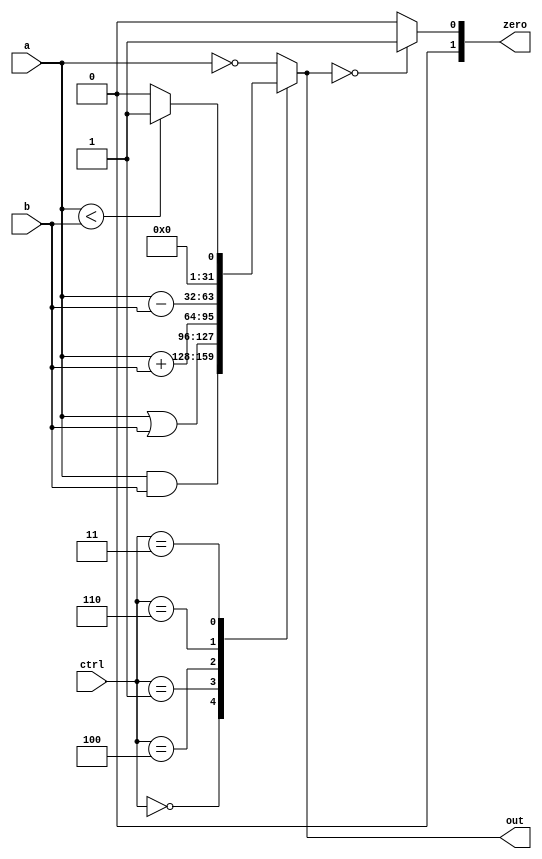
module ALU (a,b,ctrl,out,zero);
	input[width-1:0] a,b;
	input[3-1:0] ctrl;
	output reg[width-1:0] out;
	output reg[1:0]zero;
	parameter width=32;

	always @(a or b or ctrl) begin
		case(ctrl)
			3'b000: out=a&b;
			3'b001: out=a|b;
			//3'b010: out=a+b;
			3'b100: out=a+b;
            3'b110: out=a-b;
			3'b011: begin
				if (a<b)
					out=1;
				else
					out=0;
			end
			default: out=~a;//not��һԪ���㣬����Ĭ�����ֻ��һ���������a����
		endcase
		if (out==0)
			zero=1;
		else
			zero=0;
	end
endmodule